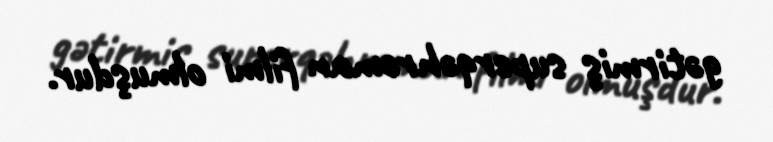
gətirmiş superqəhrəman filmi olmuşdur.